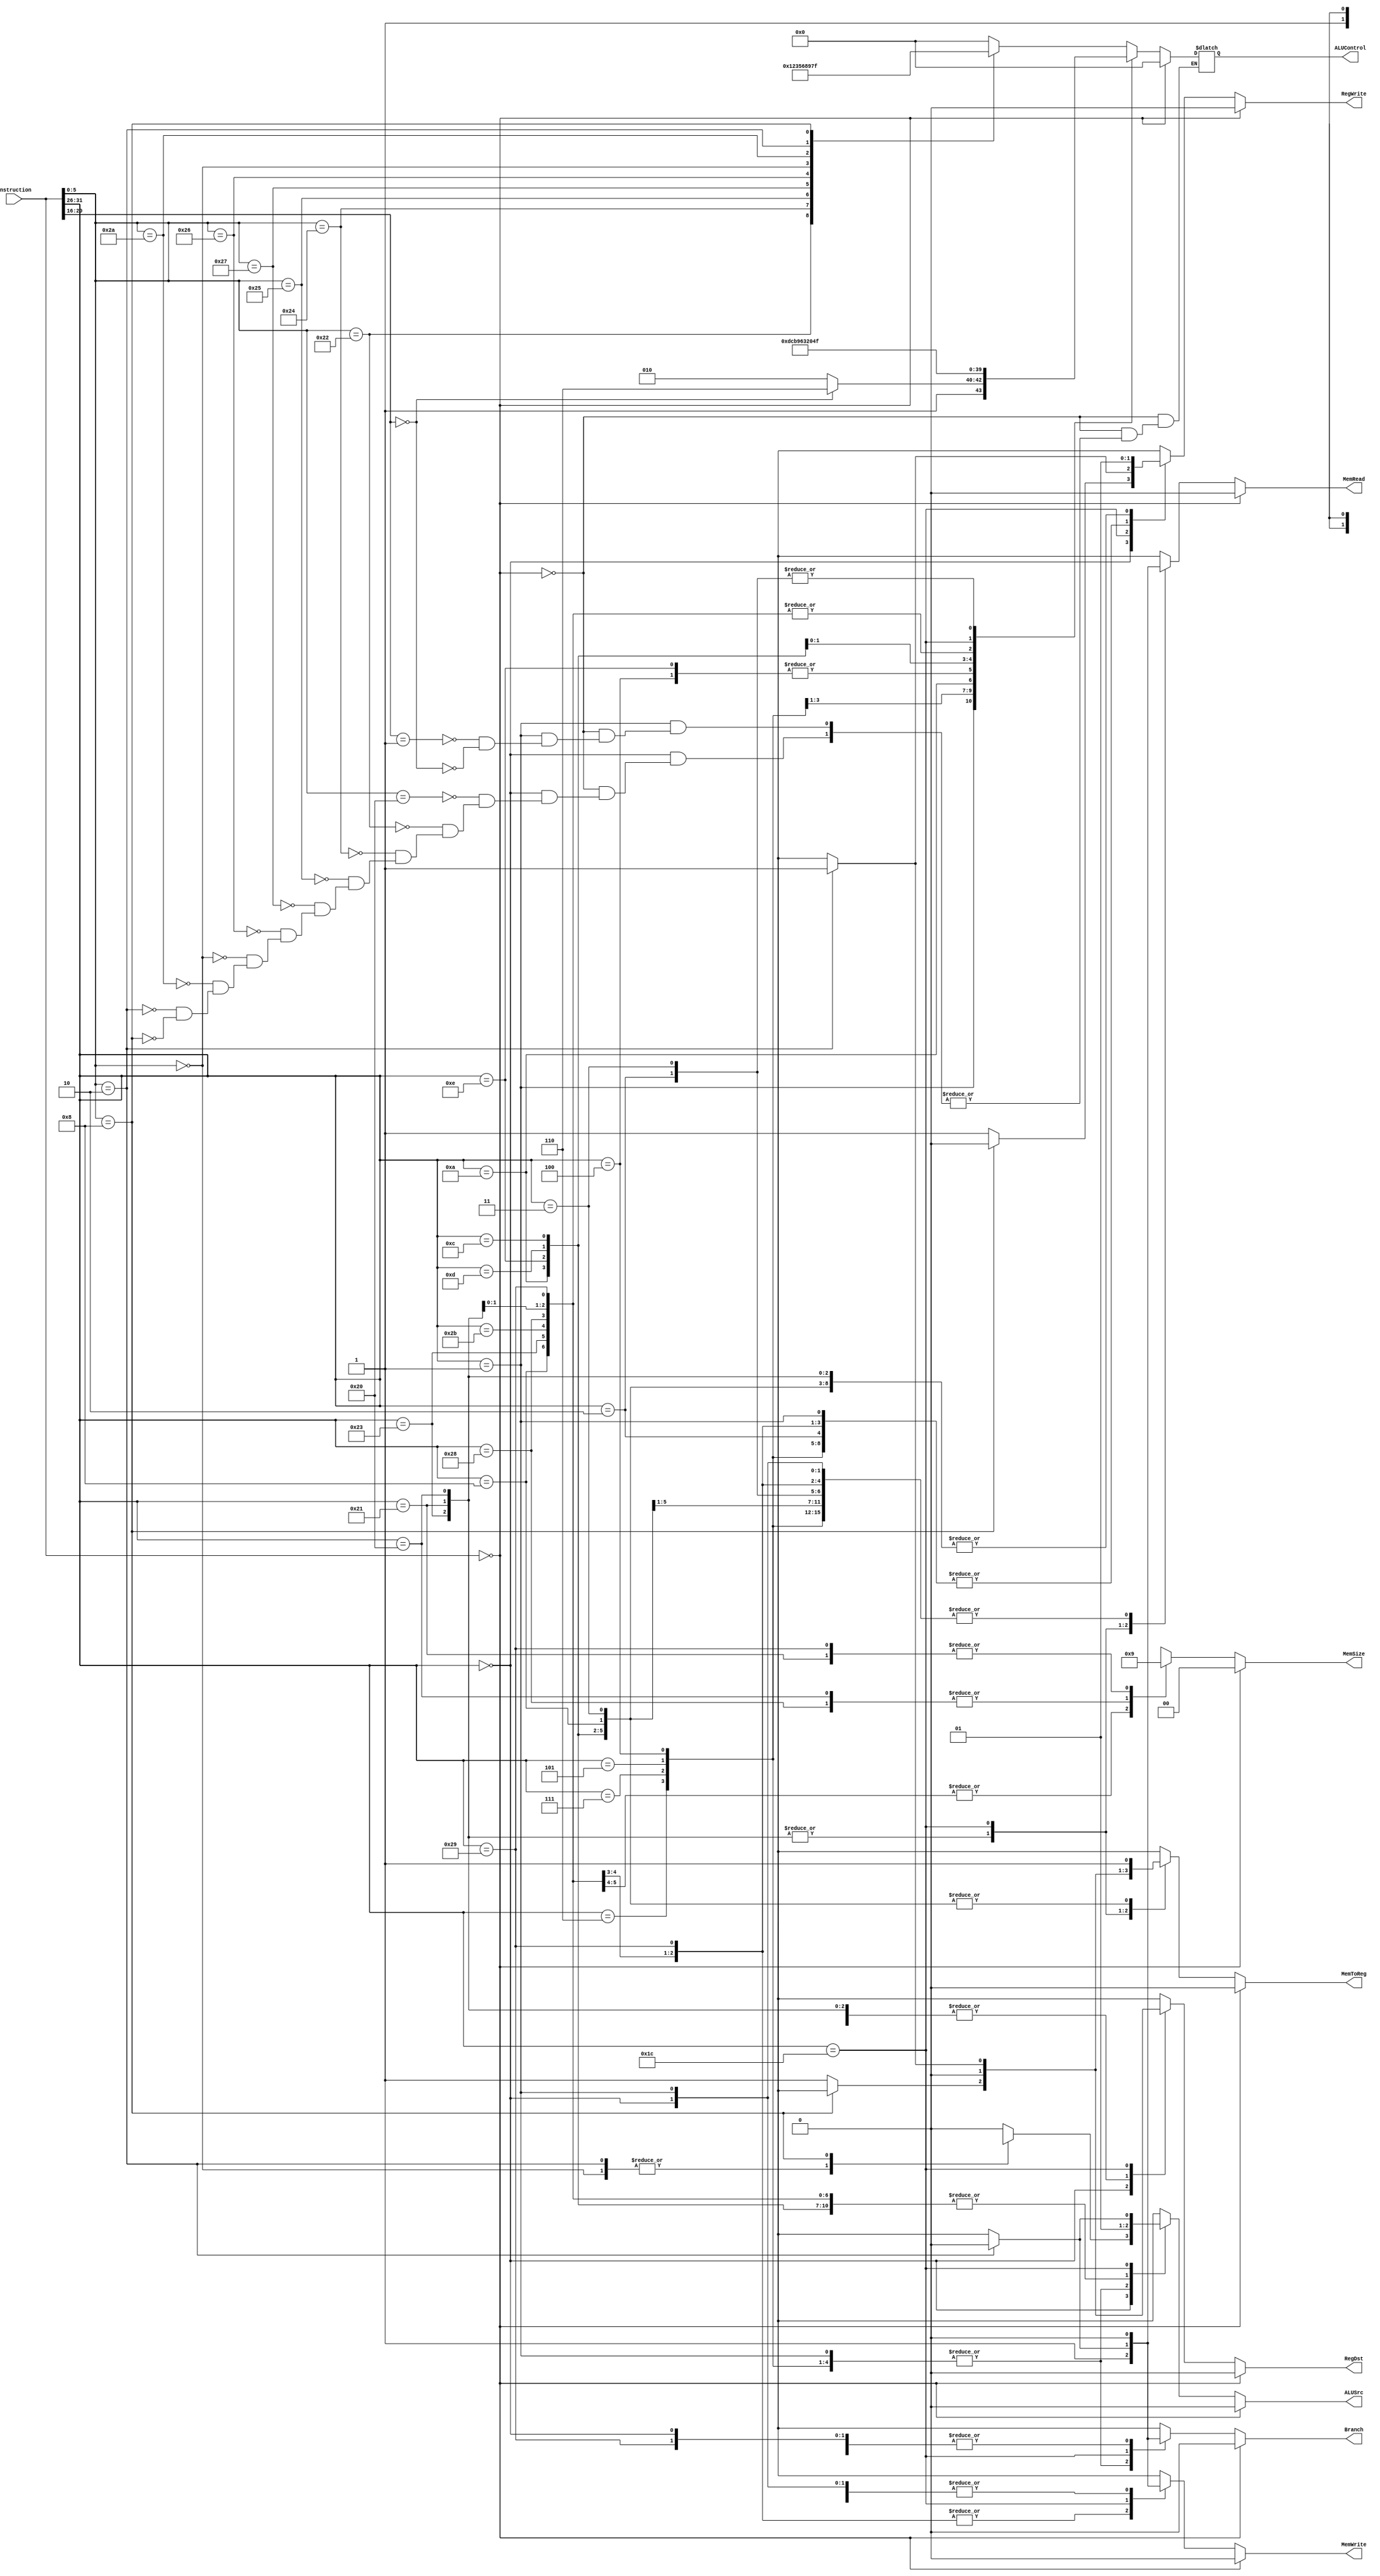
`timescale 1ns / 1ps

module Controller(Instruction, RegWrite, ALUSrc, ALUControl, RegDst, MemWrite, MemRead, Branch, MemToReg, MemSize);
    input [31:0] Instruction;
    output reg RegWrite, ALUSrc, RegDst, MemWrite, MemRead, Branch, MemToReg;
    output reg [3:0] ALUControl;
    output reg [1:0] MemSize;

    always @(Instruction) begin
        case (Instruction)
            32'b0: begin
                RegWrite = 0;
                ALUSrc = 0;
                RegDst = 0;
                MemWrite = 0;
                MemRead = 0;
                Branch = 0;
                MemToReg = 0;
                MemSize = 2'b00;
                ALUControl = 0;
            end
            default: begin
        case (Instruction[31:26]) // op field
            // R-type instructions
            6'b00_0000: begin

                // controls that are constant for R-type
                RegWrite = 1;
                ALUSrc = 0;
                RegDst = 1;
                MemWrite = 0;
                MemRead = 0;
                Branch = 0;
                MemToReg = 1;
                MemSize = 2'bxx;

                case (Instruction[5:0]) // ADD
                    6'b10_0000: begin
                        ALUControl = 0;
                    end
                    6'b10_0010: begin // SUB
                        ALUControl = 1;
                    end
                    6'b10_0100: begin // AND
                        ALUControl = 2;
                    end
                    6'b10_0101: begin // OR
                        ALUControl = 3;
                    end
                    6'b10_0111: begin // NOR
                        ALUControl = 5;
                    end
                    6'b10_0110: begin // XOR
                        ALUControl = 6;
                    end
                    6'b00_0000: begin // SLL
                        ALUControl = 8;
                        ALUSrc = 1;
                    end
                    6'b10_1010: begin // SLT
                        ALUControl = 9;
                    end
                    6'b00_0010: begin // SRL
                        ALUControl = 7;
                        ALUSrc = 1;
                    end
                    6'b00_1000: begin // JR
                        ALUSrc = 1'bx;
                        RegWrite = 0;
                        RegDst = 1'bx;
                        ALUControl = 15;
                        MemWrite = 0;
                        MemRead = 0;
                        Branch = 1'b0;
                        MemToReg = 1'bx;
                        MemSize = 2'bxx;
                    end
                endcase
            end
            // REGIMM instructions
            6'b00_0001: begin
                // controls that are constant
                ALUSrc = 0;
                RegWrite = 0;
                RegDst = 1'bx;
                MemWrite = 0;
                MemRead = 0;
                Branch = 1;
                MemToReg = 1'bx;
                MemSize = 2'bxx;
                case (Instruction[20:16])
                    5'b0_0001: begin // BGEZ
                        ALUControl = 10;
                    end
                    5'b0_0000: begin // BLTZ
                        ALUControl = 14;
                    end
                endcase
            end
            // I-type instructions

            // controls that are constant for I-type
            6'b00_0110: begin // BLEZ
                ALUSrc = 0;
                RegWrite = 0;
                RegDst = 1'bx;
                ALUControl = 13;
                MemWrite = 0;
                MemRead = 0;
                Branch = 1;
                MemToReg = 1'bx;
                MemSize = 2'bxx;
            end

            6'b00_0111: begin // BGTZ
                ALUSrc = 0;
                RegWrite = 0;
                RegDst = 1'bx;
                ALUControl = 12;
                MemWrite = 0;
                MemRead = 0;
                Branch = 1;
                MemToReg = 1'bx;
                MemSize = 2'bxx;
            end
            6'b00_0101: begin // BNE
                ALUSrc = 0;
                RegWrite = 0;
                RegDst = 1'bx;
                ALUControl = 11;
                MemWrite = 0;
                MemRead = 0;
                Branch = 1;
                MemToReg = 1'bx;
                MemSize = 2'bxx;
            end

            6'b00_0100: begin // BEQ
                ALUSrc = 0;
                RegWrite = 0;
                RegDst = 1'bx;
                ALUControl = 6;
                MemWrite = 0;
                MemRead = 0;
                Branch = 1;
                MemToReg = 1'bx;
                MemSize = 2'bxx;
            end

            6'b00_1010: begin // SLTI
                ALUSrc = 1;
                RegWrite = 1;
                RegDst = 0;
                ALUControl = 9;
                MemWrite = 0;
                MemRead = 0;
                Branch = 0;
                MemToReg = 1;
                MemSize = 2'bxx;
            end

            6'b00_1110: begin // XORI
                ALUSrc = 1;
                RegWrite = 1;
                RegDst = 0;
                ALUControl = 6;
                MemWrite = 0;
                MemRead = 0;
                Branch = 0;
                MemToReg = 1;
                MemSize = 2'bxx;
            end

            6'b00_1101: begin // ORI
                ALUSrc = 1;
                RegWrite = 1;
                RegDst = 0;
                ALUControl = 3;
                MemWrite = 0;
                MemRead = 0;
                Branch = 0;
                MemToReg = 1;
                MemSize = 2'bxx;
            end

            6'b00_1100: begin // ANDI
                ALUSrc = 1;
                RegWrite = 1;
                RegDst = 0;
                ALUControl = 2;
                MemWrite = 0;
                MemRead = 0;
                Branch = 0;
                MemToReg = 1;
                MemSize = 2'bxx;
            end
             

            6'b00_1000: begin // ADDI
                ALUSrc = 1;
                RegWrite = 1;
                RegDst = 0;
                ALUControl = 0;
                MemWrite = 0;
                MemRead = 0;
                Branch = 0;
                MemToReg = 1;
                MemSize = 2'bxx;
            end
            6'b10_0011: begin // LW
                ALUSrc = 1;
                RegWrite = 1;
                RegDst = 0;
                ALUControl = 0;
                MemWrite = 0;
                MemRead = 1;
                Branch = 0;
                MemToReg = 0;
                MemSize = 0; // load 4 bytes
            end
            6'b10_1011: begin // SW
                ALUSrc = 1;
                RegWrite = 0;
                RegDst = 1'bx;
                ALUControl = 0;
                MemWrite = 1;
                MemRead = 0;
                Branch = 0;
                MemToReg = 1'bx;
                MemSize = 0; // store 4 bytes
            end
            6'b10_1000: begin // SB
                ALUSrc = 1;
                RegWrite = 0;
                RegDst = 1'bx;
                ALUControl = 0;
                MemWrite = 1;
                MemRead = 0;
                Branch = 0;
                MemToReg = 1'bx;
                MemSize = 2; // store 1 byte
            end
            6'b10_0001: begin // LH
                ALUSrc = 1;
                RegWrite = 1;
                RegDst = 0;
                ALUControl = 0;
                MemWrite = 0;
                MemRead = 1;
                Branch = 0;
                MemToReg = 0;
                MemSize = 1; // load 2 bytes
            end
            6'b10_0000: begin // LB
                ALUSrc = 1;
                RegWrite = 1;
                RegDst = 0;
                ALUControl = 0;
                MemWrite = 0;
                MemRead = 1;
                Branch = 0;
                MemToReg = 0;
                MemSize = 2; // load 1 byte
            end
            6'b10_1001: begin // SH
                ALUSrc = 1;
                RegWrite = 0;
                RegDst = 1'bx;
                ALUControl = 0;
                MemWrite = 1;
                MemRead = 0;
                Branch = 0;
                MemToReg = 1'bx;
                MemSize = 1; // store 2 bytes
            end
            6'b011100: begin // MUL
                if (Instruction[5:0] == 2) begin
                    RegWrite = 1;
                    ALUSrc = 0;
                    RegDst = 1;
                    MemWrite = 0;
                    MemRead = 0;
                    Branch = 0;
                    MemToReg = 1;
                    ALUControl = 4;
                    MemSize = 2'bxx;
                end else begin
                    // Unsupported or invalid instruction.
                    RegWrite = 1'bx;
                    ALUSrc = 1'bx;
                    RegDst = 1'bx;
                    MemWrite = 1'bx;
                    MemRead = 1'bx;
                    Branch = 1'bx;
                    MemToReg = 1'bx;
                    ALUControl = 4'bxxxx;
                    MemSize = 2'bxx;
                end
            end

            // J-type instructions

            6'b00_0010: begin // J
                ALUSrc = 1'bx;
                RegWrite = 0;
                RegDst = 1'bx;
                ALUControl = 15;
                MemWrite = 0;
                MemRead = 0;
                Branch = 0;
                MemToReg = 1'bx;
                MemSize = 2'bxx;
            end
            6'b00_0011: begin // JAL
                ALUSrc = 1'bx;
                RegWrite = 1;
                RegDst = 1'bx;
                ALUControl = 15;
                MemWrite = 0;
                MemRead = 0;
                Branch = 1'b0;
                MemToReg = 1;
                MemSize = 2'bxx;
            end

            default: begin
                // Unsupported or invalid instruction.
                RegWrite = 1'bx;
                ALUSrc = 1'bx;
                RegDst = 1'bx;
                MemWrite = 1'bx;
                MemRead = 1'bx;
                Branch = 1'bx;
                MemToReg = 1'bx;
                ALUControl = 4'bxxxx;
                MemSize = 2'bxx;
            end
        endcase
            end
        endcase
    end

endmodule